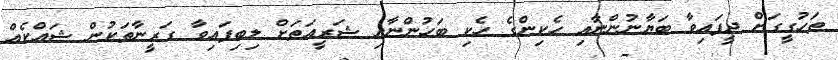
ތަހުގީގަށް ދީފައިވާ ބަޔާނުންނާއި ހެކިންގެ ހެކި ބަހުންނާއި ޝަރީއަތަށް ލިބިފައިވާ ގަރީނާތަކުން ޝައްކެއް